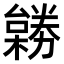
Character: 𠢺